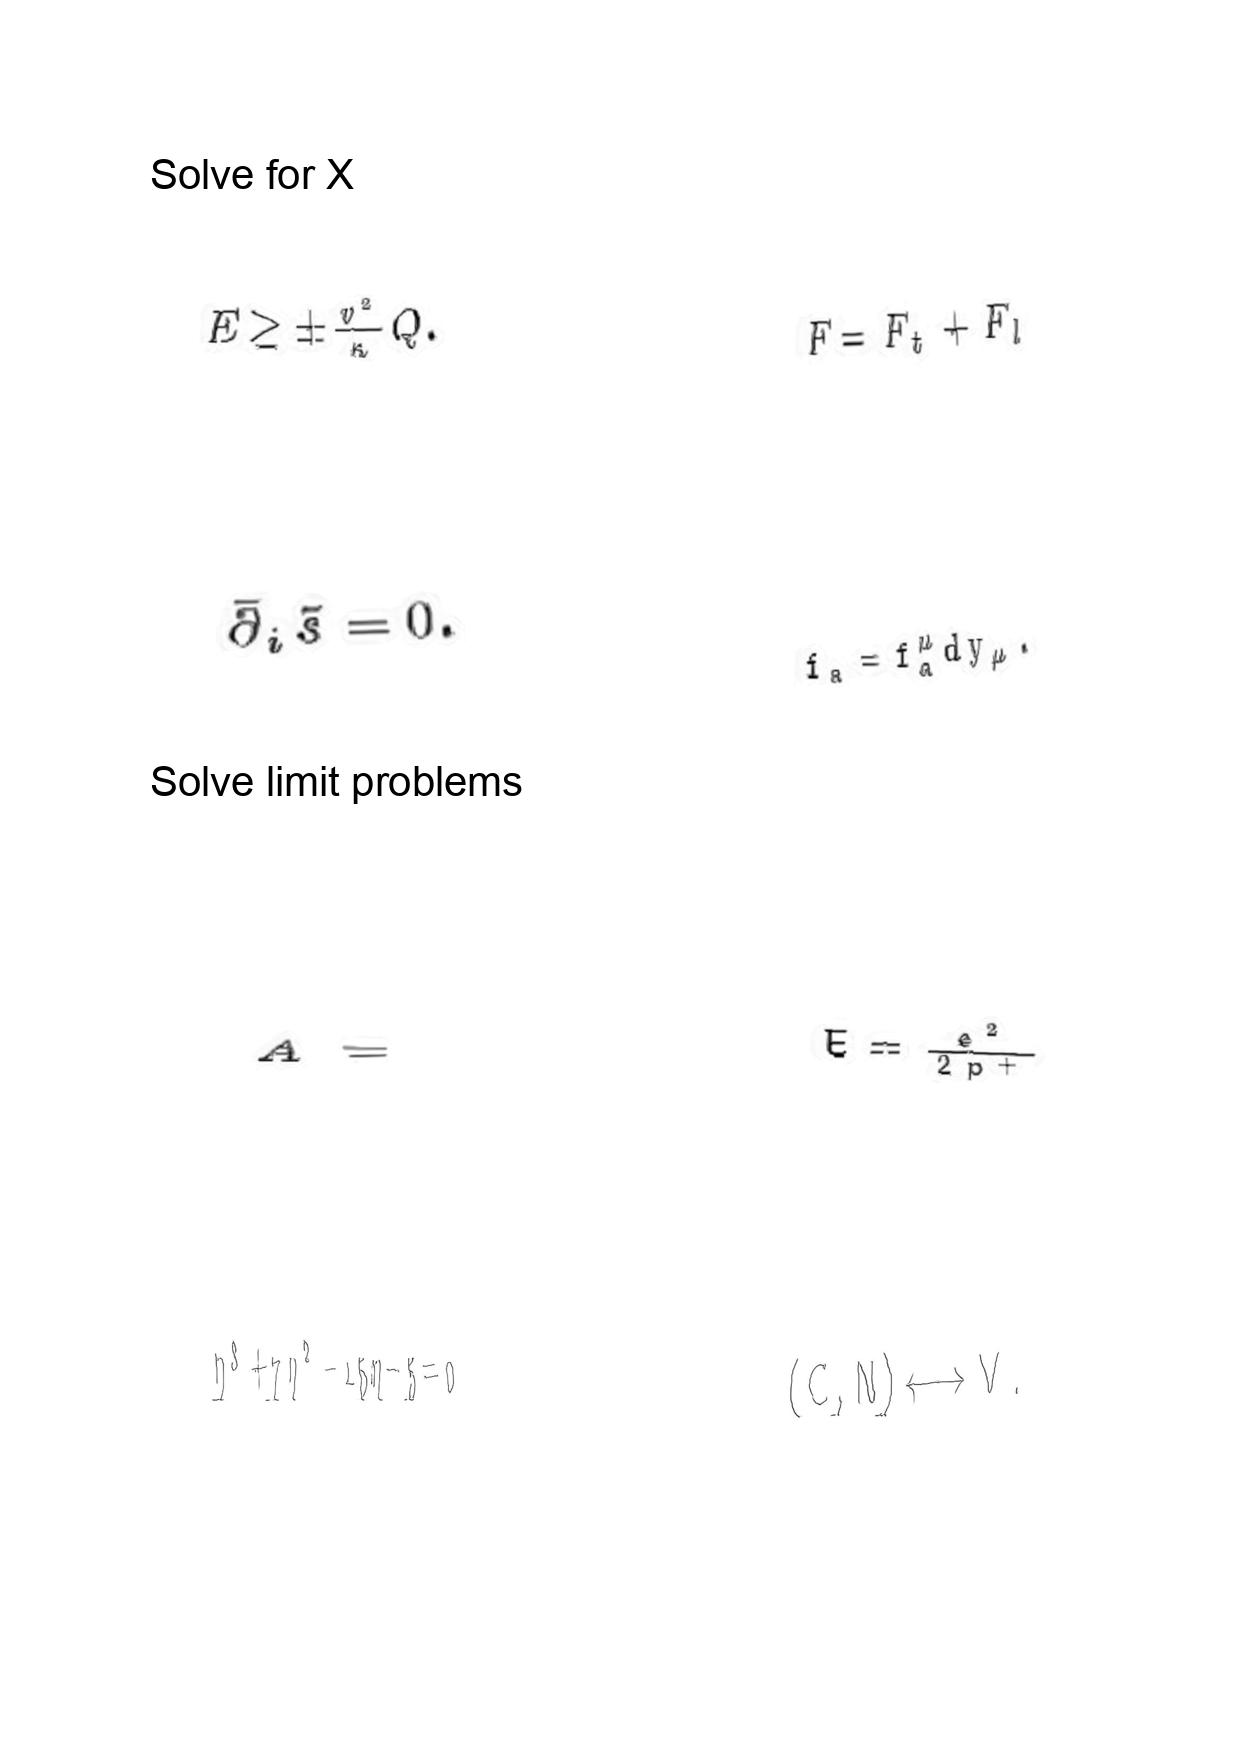
LaTeX transcription:
E \ge \pm \frac { v ^ { 2 } } { \kappa } Q .
\bar { \partial } _ { i } \tilde { s } = 0 .
A =
\eta ^ { 3 } + 7 \eta ^ { 2 } - 1 5 \eta - 5 = 0
F = F _ { t } + F _ { l }
f _ { a } = f _ { a } ^ { \mu } d y _ { \mu } .
E = \frac { e ^ { 2 } } { 2 p ^ { + } }
\lparen C , N \rparen \longleftrightarrow V .